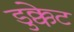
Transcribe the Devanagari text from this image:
डुक्केट